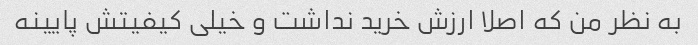
به نظر من که اصلا ارزش خرید نداشت و خیلی کیفیتش پایینه